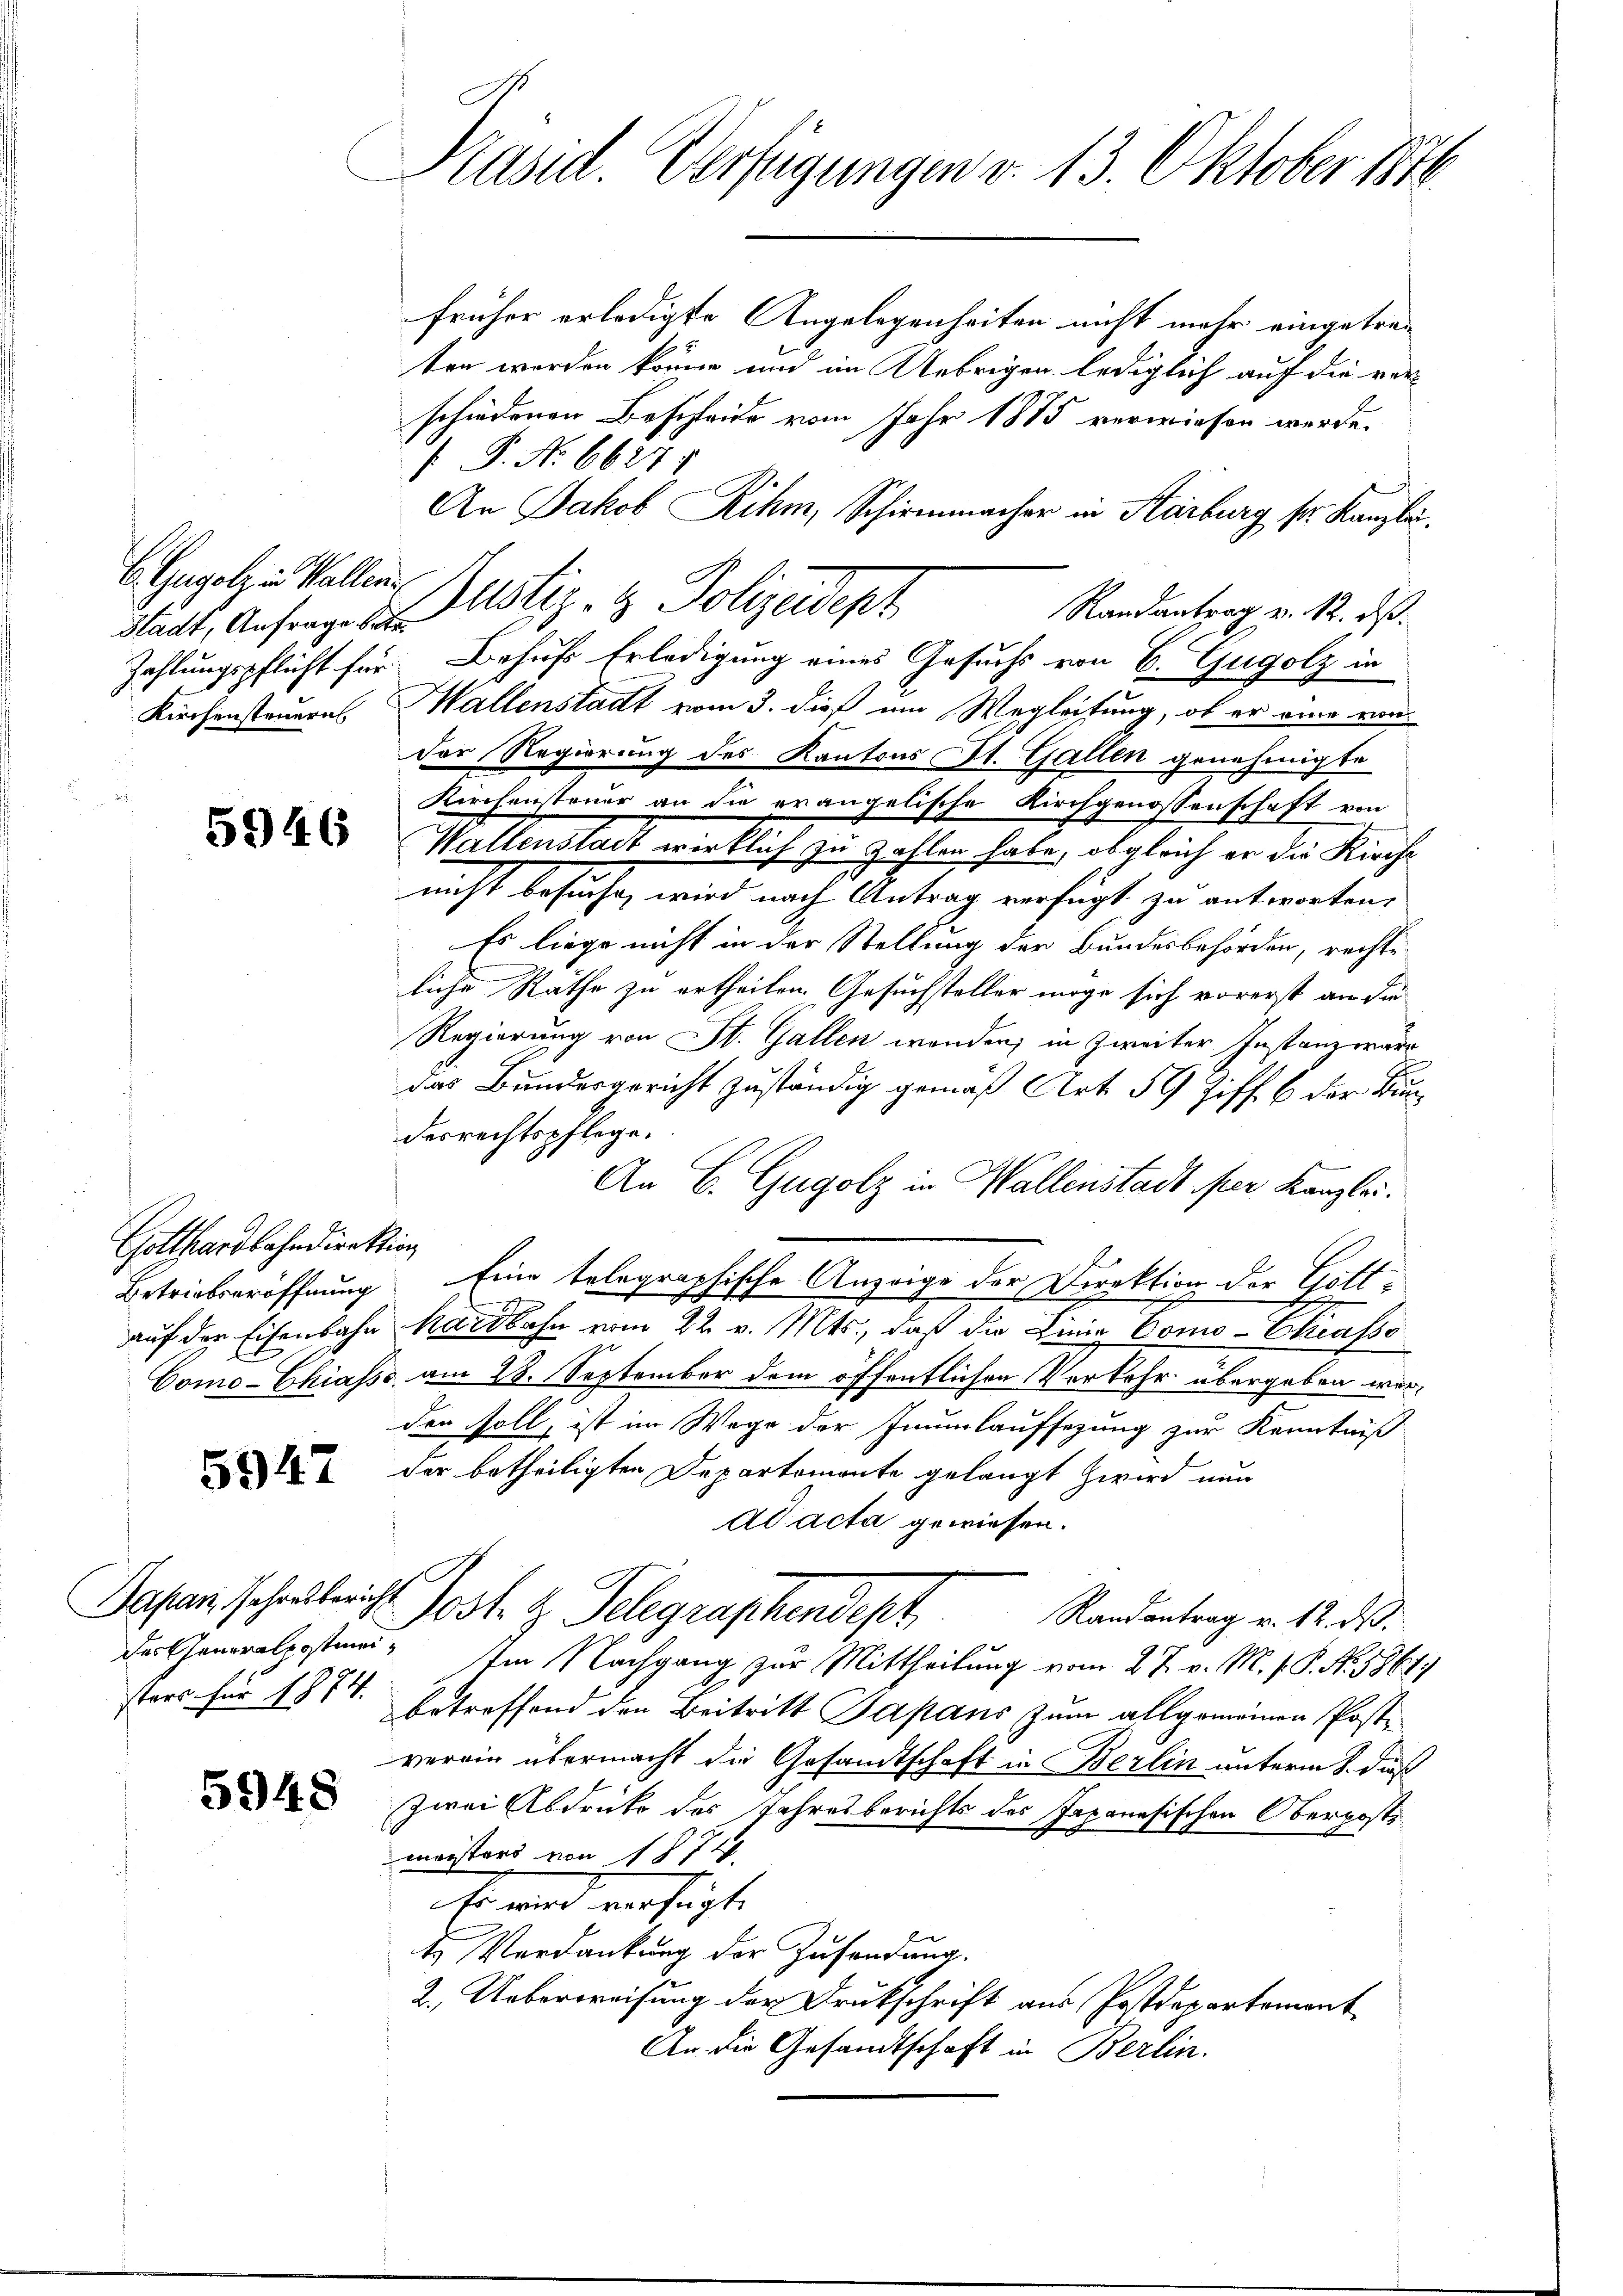
Stadt, Anfrage betr.
Kirchensteuern

5946

Gotthardbahndirektion

5947

das Generalpostimm

5948

Präsid. Verfügungen v. 13. Oktober 1870

6 Gugolz in Vallen Zustiz- & Polizeidept

früher erledigte Angelegenheiten nicht mehr eingetraten werden könne und im Uebrigen lediglich auf die verschiedenen Beschleide vom Jahr 1875 verwiesen werde.
P. Nr. 6627.
An Jakob Rihm, Schirmmacher in Karburg ser Kanzlei.
Randantrag v. 12. d.
Hallenstadt vom 3. dieß um Wegleitung, ob er eine von
der Regierung des Kantons St. Gallen genehmigte
Kirchensteuer an die erangelische Kirchgenossenschaft von
Wellenstadt wirklich zu zahlen habe, obgleich er die Kirche
nicht besuche, wird nach Antrag verfügt, zu antworten.
Es liege nicht in der Stellung der Bundesbehörden, rechte
liche Räthe zu ertheilen. Gesuchsteller möge sich vorerst an die
Regierung von St. Gallen wenden, in Zweiter Instanz wäre
das Bundesgericht zuständig gemäß Art. 59 Ziff. 6 der Bundesrechtspflege.
An B. Gugolz in Wallenstadt per Kanzlei.
Betriebseröffnung Eine telegraphische Anzeige der Direktion der Gottauf der Eisenbahn Mardbahn vom 22. v. Mts., daß die Linie Como-Ekrasse
Como-Chiasso am 28. September dem öffentlichen Verkehr übergeben werden soll, ist im Wege der Jaumlaufsezung zur Kenntniß
der betheiligten Departemonte gelangt zwird nun
ad acta gewiesen.
Dasam schalleich Jost z. Telegraphendept
Randantrag v. 12. ds.
 Im Nachgang zur Mittheilung vom 27. v. M. P.P. Nr. 1864
sters für 181. betreffend den Beitritt Japans zum allgemeinen Postverein übermacht die Gesandtschaft in Berlin unterm 8. dieß
zwei Abdrücke des Jahresberichts des Japanesischen Oberpost
meisters von 1774.
Es wird verfügt:
t Verdankung der Zusendung.
2. Ueberweisung der Drukschrift aus Postdepartement
An die Gesandtschaft in Berlin.

Zahlungspflicht für Behufs Erledigung eines Gesuchs von 6. Gugolz in